Leaving Certificate Examination, 1920
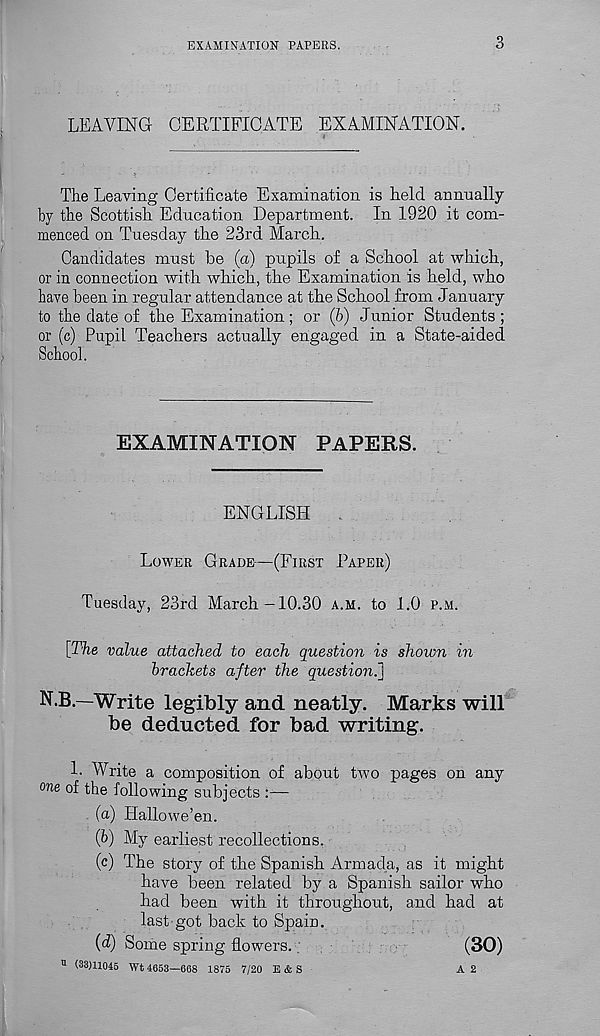
EXAMINATION PAPERS.
3
LEAVING CERTIFICATE EXAMINATION.
The Leaving Certificate Examination is held annually
by the Scottish Education Department. In 1920 it com-
menced on Tuesday the 23rd March.
Candidates must be (a) pupils of a School at which,
or in connection with which, the Examination is held, who
have been in regular attendance at the School from January
to the date of the Examination; or (6) Junior Students ;
or (c) Pupil Teachers actually engaged in a State-aided
School.
EXAMINATION PAPERS.
ENGLISH
LOWER GRADE—(FIRST PAPER)
Tuesday, 23rd March-10.30 A.M. to 1.0 P.M.
[The value attached to each question is shown in
brackets after the question.]
N.B.—Write legibly and neatly. Marks will
be deducted for bad writing.
1. Write a composition of about two pages on any
one of the following subjects :—
(a) Hallowe’en.
(b) My earliest recollections.
(c) The story of the Spanish Armada, as it might
have been related by a Spanish sailor who
had been with it throughout, and had at
last got back to Spain.
(d) Some spring flowers.
(30)
11 (33)11045 Wt 4653—668 1875 7/20 E & S
A 2